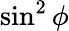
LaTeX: {\sin^{2}\phi}